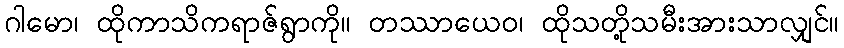
ဂါမော၊ ထိုကာသိကရာဇ်ရွာကို။ တဿာယေဝ၊ ထိုသတို့သမီးအားသာလျှင်။